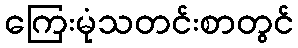
ကြေးမုံသတင်းစာတွင်